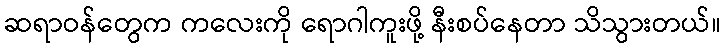
ဆရာဝန်တွေက ကလေးကို ရောဂါကူးဖို့ နီးစပ်နေတာ သိသွားတယ်။